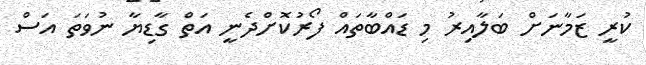
ކުރީ ޒަމާނަށް ބަލާއިރު މި ޑައްބާތައް ފޯރުކޮށްދެނީ އަތް ގާޑިޔާ ނުވަތަ އަސް